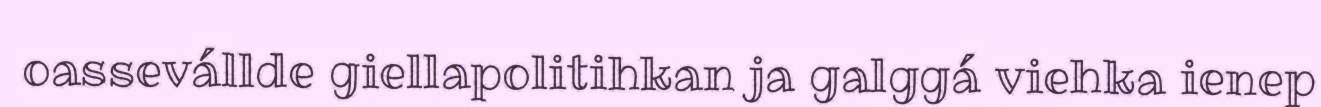
oassevállde giellapolitihkan ja galggá viehka ienep